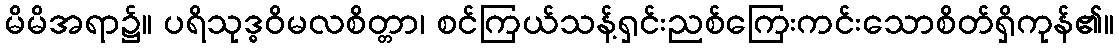
မိမိအရာ၌။ ပရိသုဒ္ဓဝိမလစိတ္တာ၊ စင်ကြယ်သန့်ရှင်းညစ်ကြေးကင်းသောစိတ်ရှိကုန်၏။